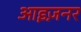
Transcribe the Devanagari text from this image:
आइज़नर